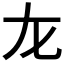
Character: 𡯃